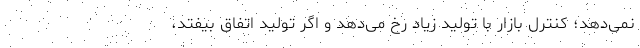
نمی‌دهد؛ کنترل بازار با تولید زیاد رخ می‌دهد و اگر تولید اتفاق بیفتد،